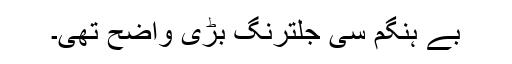
بے ہنگم سی جلترنگ بڑی واضح تھی۔